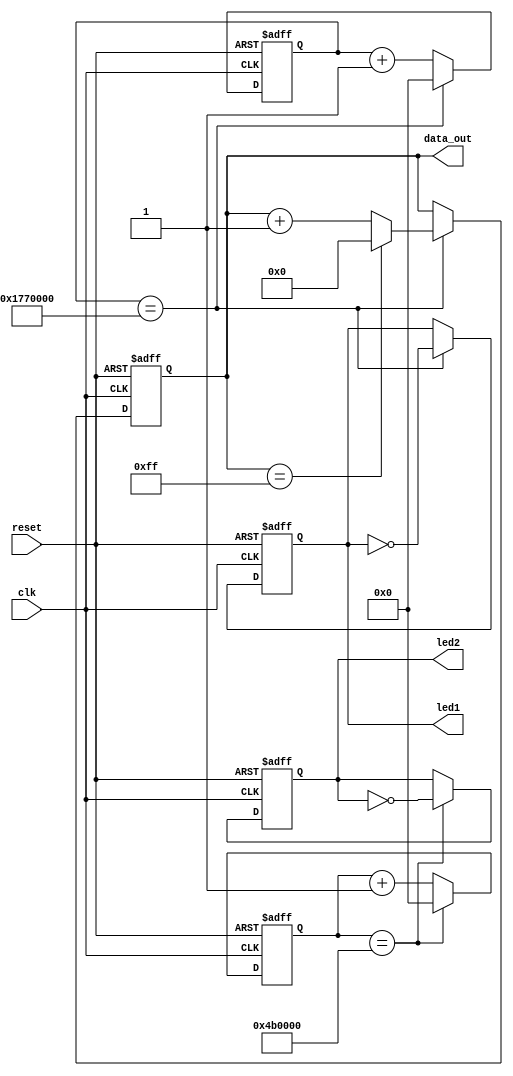
module led_drive(clk,reset,led1,led2,data_out);

input clk,reset;
output reg led1,led2;
output reg[7:0] data_out;
// clk=49.152MHz=49152kHz=49152000Hz
// led1,49152kHz/2Hz=24576000=32'd24576000
parameter CNT_LED1_PRESCALE=32'd24576000;
// led2,49152kHz/10Hz=4915200=32'd4915200
parameter CNT_LED2_PRESCALE=32'd4915200;

reg [31:0] cnt_led1 = 32'd0;
reg [31:0] cnt_led2 = 32'd0;
always @ (posedge clk or posedge reset)
begin
	if(reset)
		begin
			cnt_led1<=32'd0;
			cnt_led2<=32'd0;
		end
	else
		begin
			if(cnt_led1 == CNT_LED1_PRESCALE)
				cnt_led1 <= 32'd0;
			else
				cnt_led1 <= cnt_led1 + 1'b1;
				
			if(cnt_led2 == CNT_LED2_PRESCALE)
				cnt_led2 <= 32'd0;
			else
				cnt_led2 <= cnt_led2 + 1'b1;
		end
end

always @ (posedge clk or posedge reset)
begin
	if(reset)
		begin
			led1<=1'b0; //off
			led2<=1'b0; //off
			data_out=8'd0;
		end
	else
		begin
			if(cnt_led1 == CNT_LED1_PRESCALE) begin
												led1<=~led1; //reverse
												if(data_out==8'd255)
														data_out<=8'd0;
												else
														data_out<=data_out+1'b1;
											end
			else
					led1<=led1;
					
			if(cnt_led2 == CNT_LED2_PRESCALE)
					led2<=~led2; //reverse
			else
					led2<=led2;
		end
end

endmodule